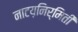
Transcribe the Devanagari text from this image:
नाटय़निर्मिती